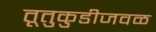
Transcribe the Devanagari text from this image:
तूतुकुडीजवळ